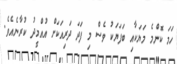
ހަމަ ކޮންމެ މަޔަކާއި ބަފަޔަކު ވެސް މި ފަދަ ދަރިއަކަށް އުއްމީދު ކުރާނެއެވެ.